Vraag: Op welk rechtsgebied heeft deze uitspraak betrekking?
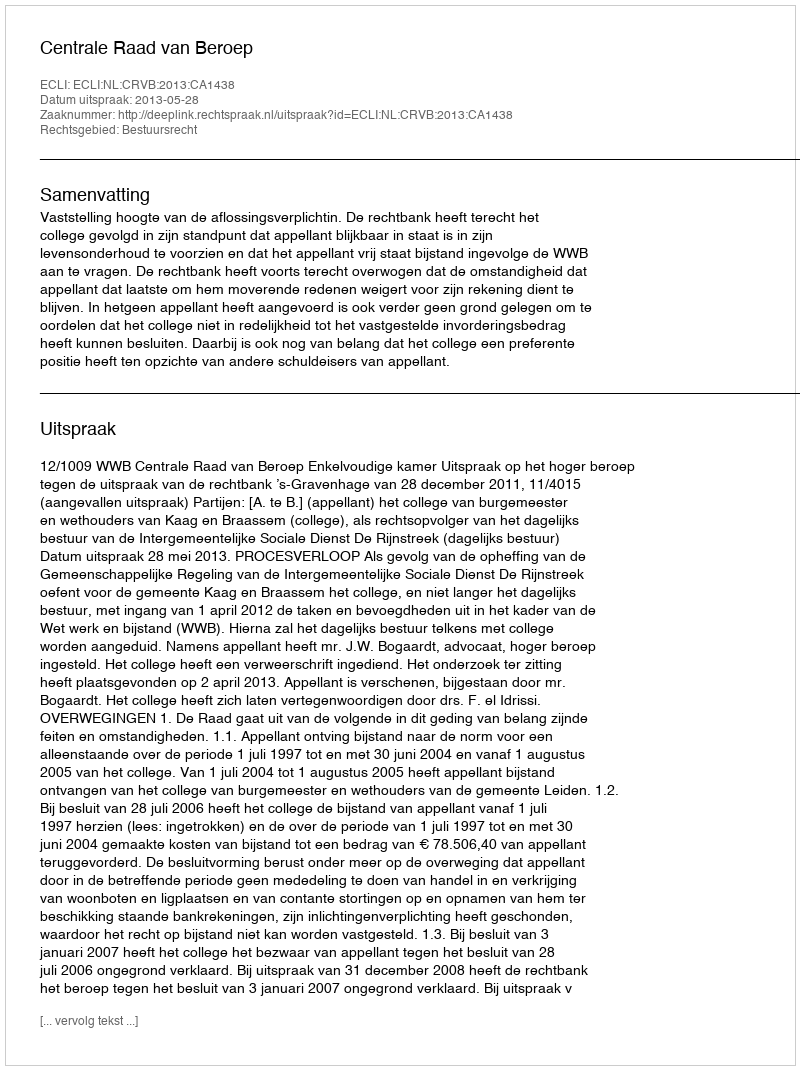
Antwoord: Bestuursrecht